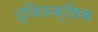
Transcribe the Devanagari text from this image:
द्विपक्षिक